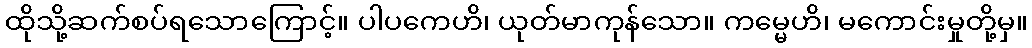
ထိုသို့ဆက်စပ်ရသောကြောင့်။ ပါပကေဟိ၊ ယုတ်မာကုန်သော။ ကမ္မေဟိ၊ မကောင်းမှုတို့မှ။